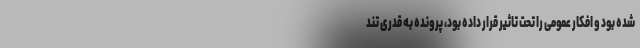
شده بود و افکار عمومی را تحت تاثیر قرار داده بود، پرونده به قدری تند